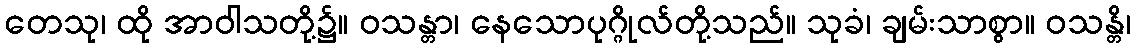
တေသု၊ ထို အာဝါသတို့၌။ ဝသန္တာ၊ နေသောပုဂ္ဂိုလ်တို့သည်။ သုခံ၊ ချမ်းသာစွာ။ ဝသန္တိ၊